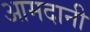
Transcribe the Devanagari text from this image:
आमदानी